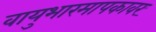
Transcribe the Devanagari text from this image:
वायुभारमापकावर